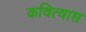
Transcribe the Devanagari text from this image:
कवित्वास